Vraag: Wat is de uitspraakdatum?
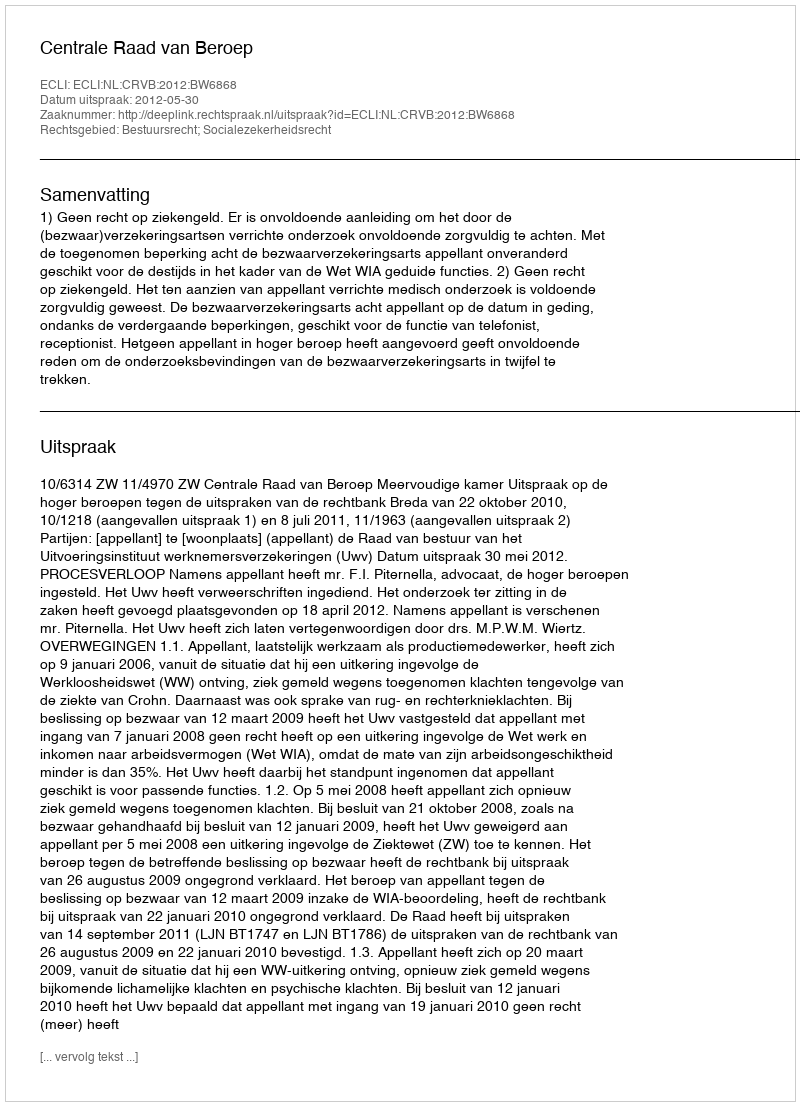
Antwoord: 2012-05-30